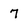
Character: 7